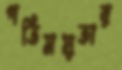
গতিময়তার